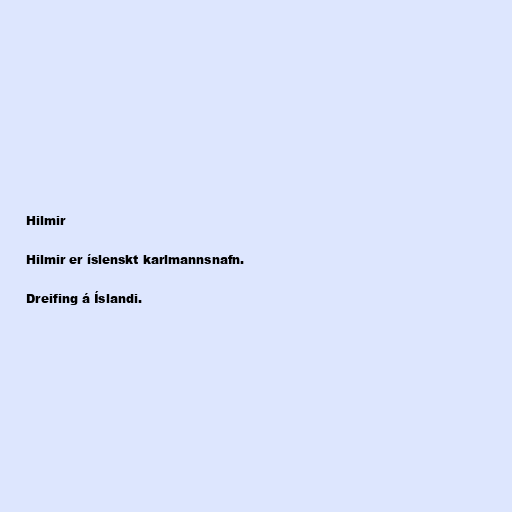
Hilmir

Hilmir er íslenskt karlmannsnafn.

Dreifing á Íslandi.